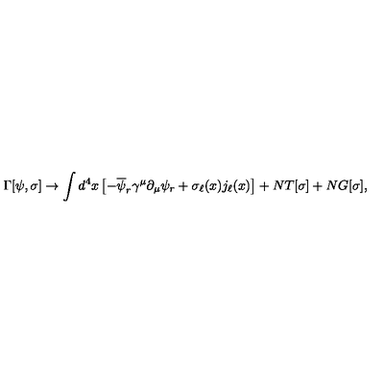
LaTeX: \Gamma [ \psi , \sigma ] \rightarrow \int d ^ { 4 } x \left[ - \overline { { \psi } } _ { r } \gamma ^ { \mu } \partial _ { \mu } \psi _ { r } + \sigma _ { \ell } ( x ) j _ { \ell } ( x ) \right] + N T [ \sigma ] + N G [ \sigma ] ,